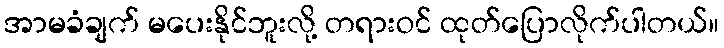
အာမခံချက် မပေးနိုင်ဘူးလို့ တရားဝင် ထုတ်ပြောလိုက်ပါတယ်။